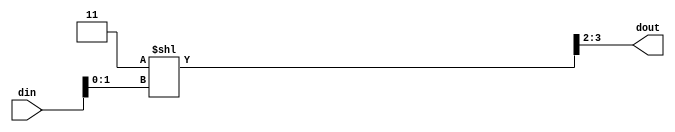
module abc9_test023 #(
	parameter integer N = 2,
	parameter integer M = 2
) (
	input [7:0] din,
	output [M-1:0] dout
);
	wire [2*M-1:0] mask = {M{1'b1}};
	assign dout = (mask << din[N-1:0]) >> M;
endmodule